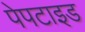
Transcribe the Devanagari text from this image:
पेपटाइड